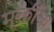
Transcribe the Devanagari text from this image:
मूक्तीचा